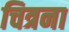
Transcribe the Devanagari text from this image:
चित्रना